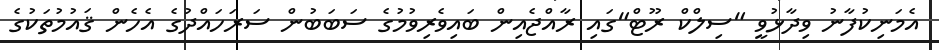
އެމަނިކުފާނު ވިދާޅުވީ "ސިލްކް ރޫޓް"ގައި ރާއްޖެއިން ބައިވެރިވުމުގެ ސަބަބުން ސަރަހައްދުގެ އެހެން ޤައުމުތަކުގެ